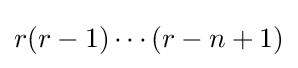
r(r-1)\cdots (r-n+1)